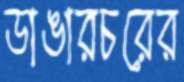
ডাঙারচরের